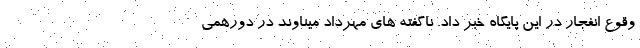
وقوع انفجار در این پایگاه خبر داد. ناگفته های مهرداد میناوند در دورهمی